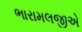
ભારામલજીએ